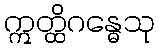
ဣတ္ထိဂန္ဓေသု